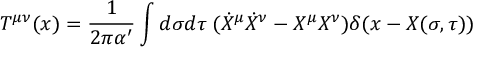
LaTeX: T ^ { \mu \nu } ( x ) = \frac { 1 } { 2 \pi \alpha ^ { \prime } } \int d \sigma d \tau \; ( \dot { X } ^ { \mu } \dot { X } ^ { \nu } - X ^ { \mu } X ^ { \nu } ) \delta ( x - X ( \sigma , \tau ) )